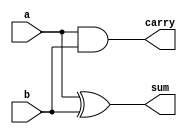
module halfadder(a,b,sum,carry);

input a,b;
output sum,carry;
assign sum = a^b;
assign carry = a&b;
endmodule